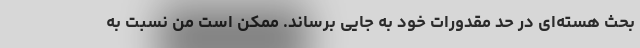
بحث هسته‌ای در حد مقدورات خود به جایی برساند. ممکن است من نسبت به